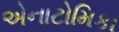
એનાટોમિકા